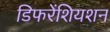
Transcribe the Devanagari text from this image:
डिफरेंशियशन